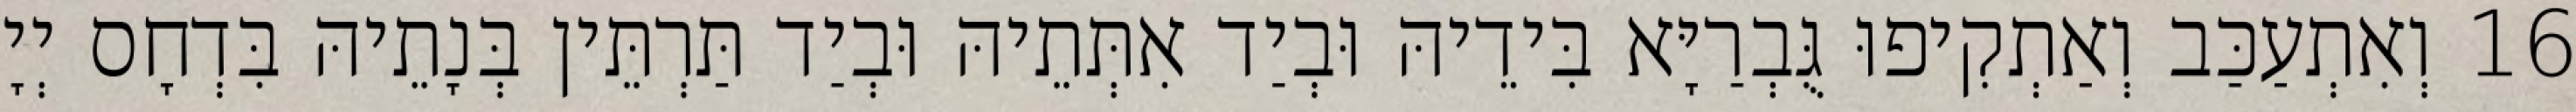
16 וְאִתְעַכַּב וְאַתְקִיפוּ גֻּבְרַיָּא בִּידֵיהּ וּבְיַד אִתְּתֵיהּ וּבְיַד תַּרְתֵּין בְּנָתֵיהּ בִּדְחָס יְיָ